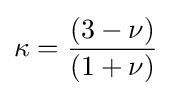
\kappa ={\frac {(3-\nu )}{(1+\nu )}}